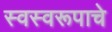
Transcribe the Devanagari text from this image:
स्वस्वरूपाचे